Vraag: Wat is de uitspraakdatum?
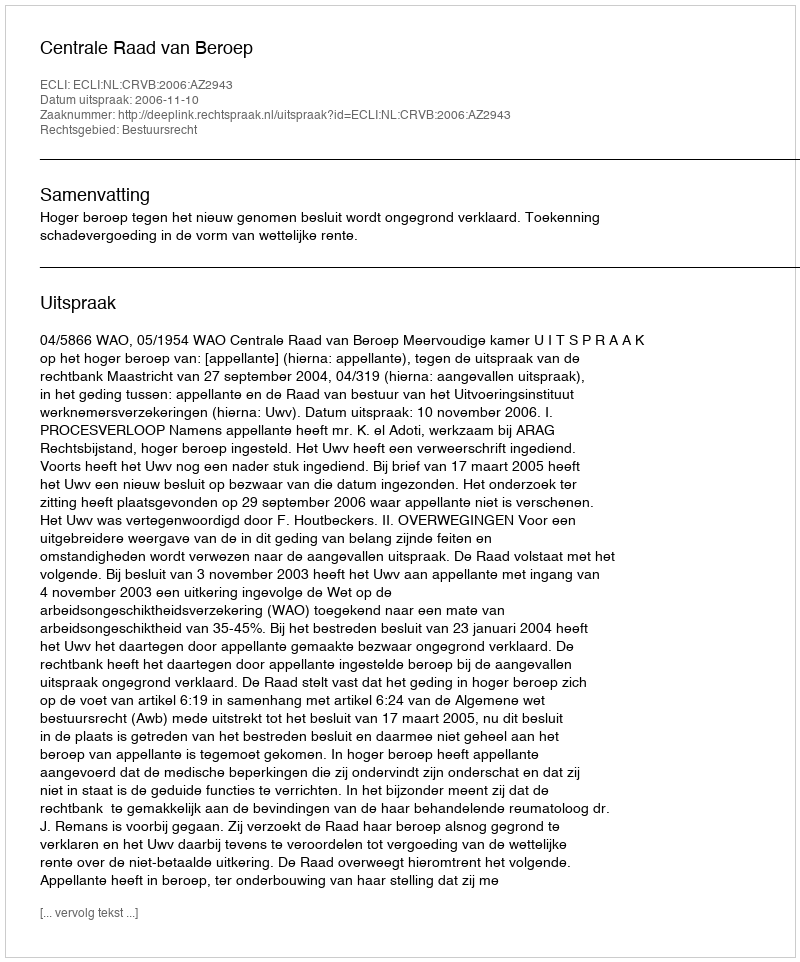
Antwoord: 2006-11-10